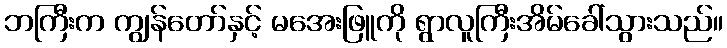
ဘကြီးက ကျွန်တော်နှင့် မအေးဖြူကို ရွာလူကြီးအိမ်ခေါ်သွားသည်။